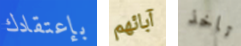
بإعتقادك آبائهم تاخذ